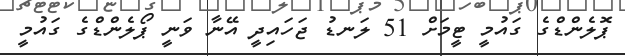
ޕޮލެންޑްގެ ގައުމީ ޓީމަށް 51 ލަނޑު ޖަހައިދީ އޭނާ ވަނީ ޕޯލެންޑްގެ ގައުމީ